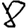
Digit: 8